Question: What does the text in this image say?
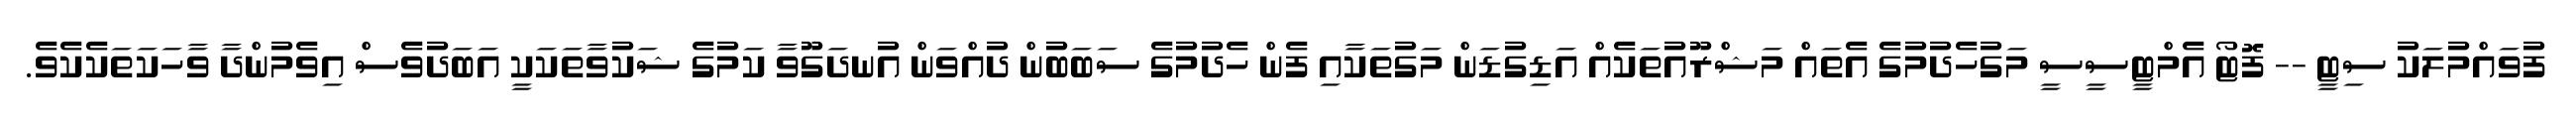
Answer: ފުވައްމުލަކު ސިޓީ -- ފޮޓޯ އެމްޓީސީސީ މަގުހެދުމުގެ އެތައް މަޝްރޫއުތަކެއް އަޑިގުޑަން މަގުތަކާއި ފެން ހެދުމުގެ ސަބަބުން ދުއްވަން އުނދަގޫވާ ކަމުގެ ޝަކުވާތަކަކީ އަބަދުވެސް އިވެމުންދާ ވާހަކަތަކެކެވެ.